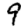
Digit: 9